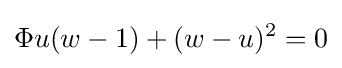
\Phi u(w-1)+(w-u)^{2}=0